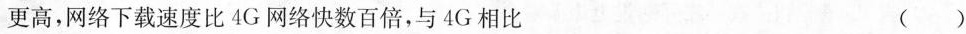
更高，网络下载速度比4G网络快数百倍，与4G相比 ()